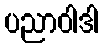
ပညာဝါဒါ